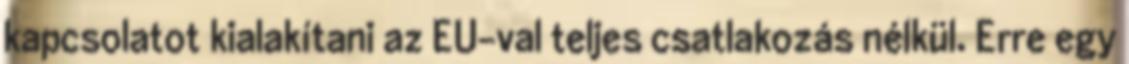
kapcsolatot kialakítani az EU-val teljes csatlakozás nélkül. Erre egy